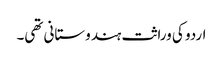
اردو کی وراثت ہندوستانی تھی۔